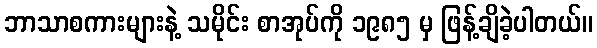
ဘာသာစကားများနဲ့ သမိုင်း စာအုပ်ကို ၁၉၈၅ မှ ဖြန့်ချိခဲ့ပါတယ်။